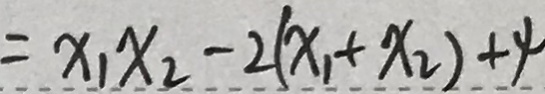
= x _ { 1 } x _ { 2 } - 2 ( x _ { 1 } + x _ { 2 } ) + 4